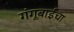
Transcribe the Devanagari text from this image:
गंगूबाईचा